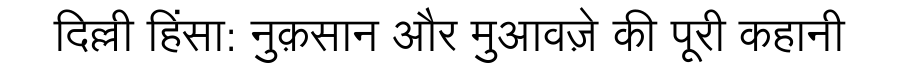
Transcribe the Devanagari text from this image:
दिल्ली हिंसा: नुक़सान और मुआवज़े की पूरी कहानी